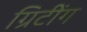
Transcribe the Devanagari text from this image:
ग्रिटींग